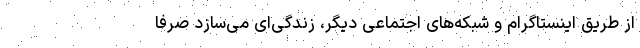
از طریق اینستاگرام و شبکه‌های اجتماعی دیگر، زندگی‌ای می‌سازد صرفاً